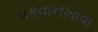
પકવાનખાવા